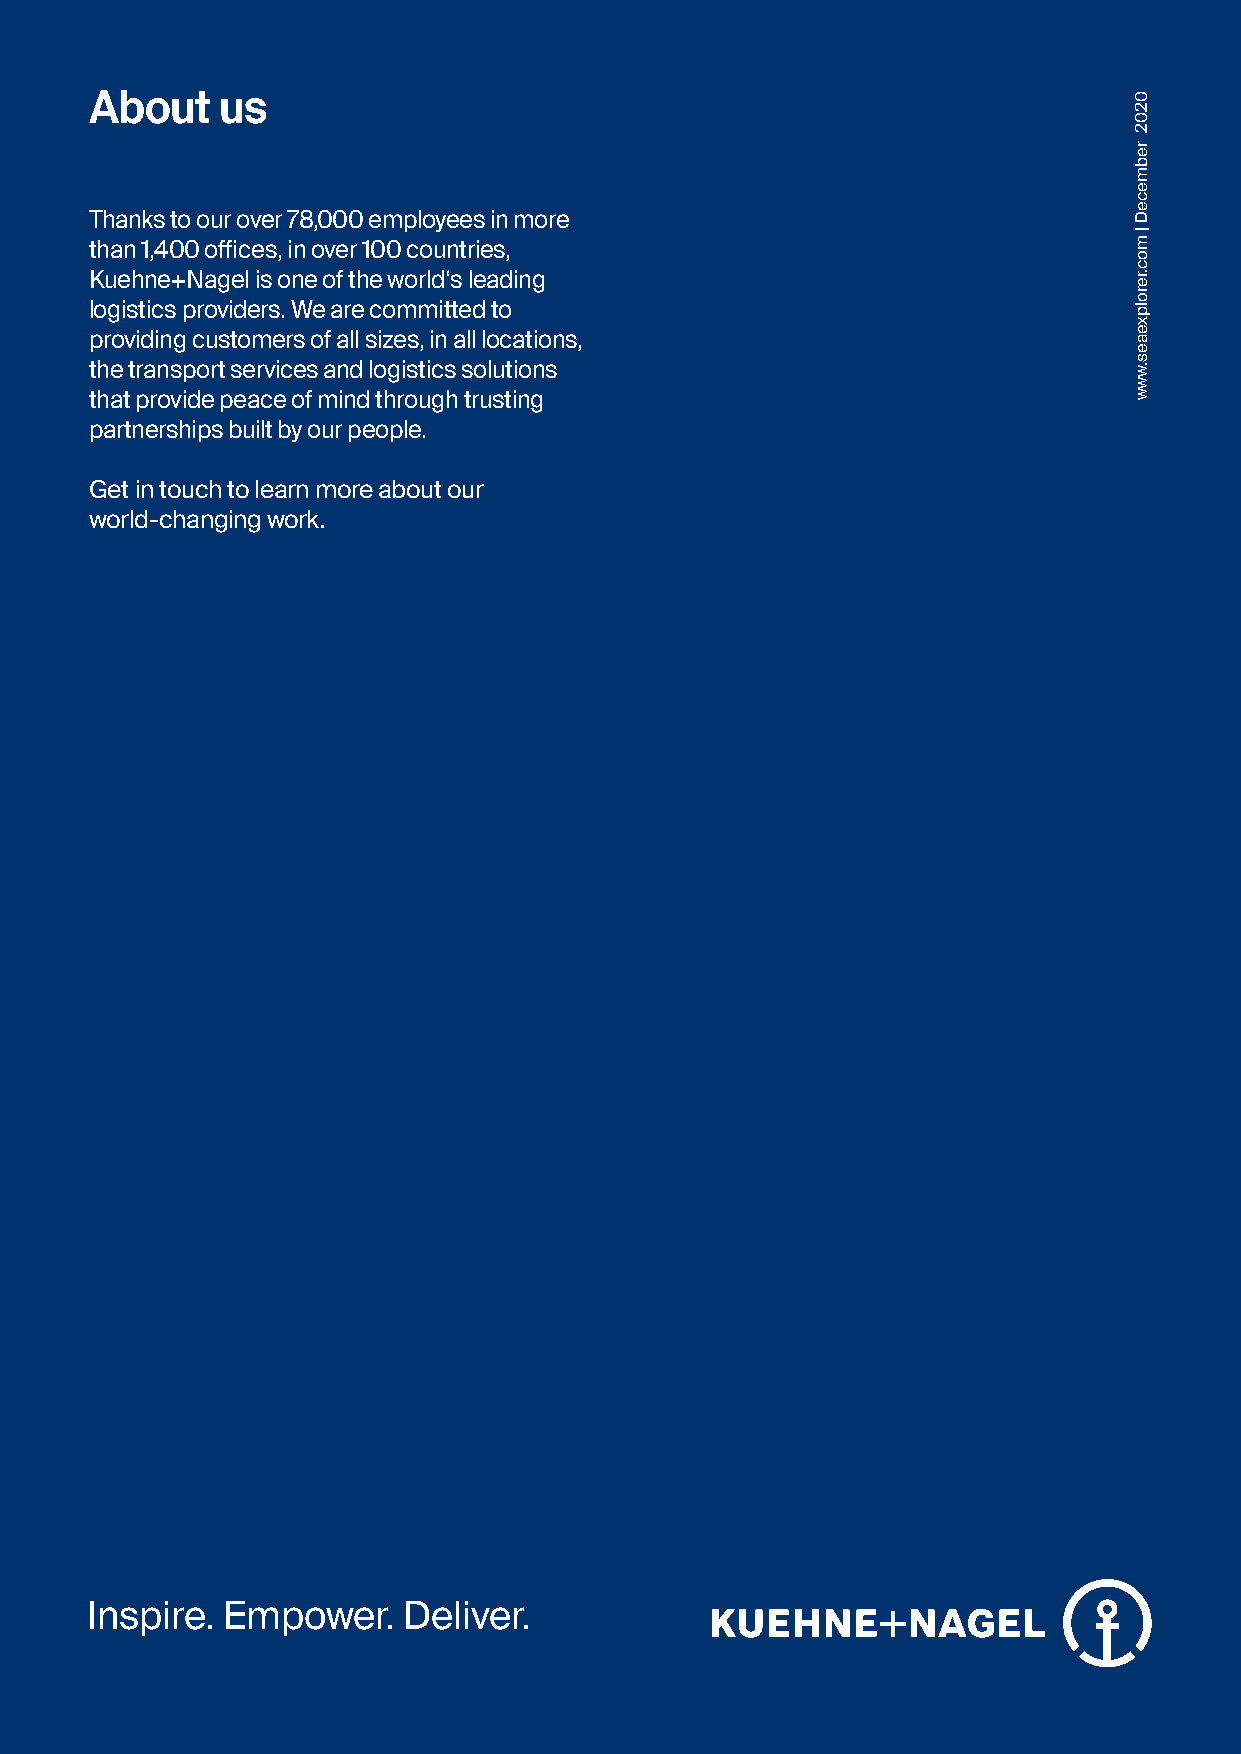
About   us
 Thanks to our over 78,000 employees in more
 than 1,400 offices, in over 100 countries,
 Kuehne+Nagel is one of the world‘s leading
 logistics providers. We are committed to
 providing customers of all sizes, in all locations,
 the transport services and logistics solutions
 that provide peace of mind through trusting
 partnerships built by our people.
 Get in touch to learn more about our
 world-changing work.
 Inspire. Empower.    Deliver.
 0202
 rebmeceD
 |
 moc.rerolpxeaes.www